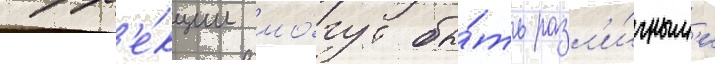
корр'е́кции мо́гут бы́ть разл'и́чным'и